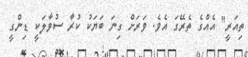
ތިއަރީ" އެއްގެ ތެރޭގަ އެވެ. ވަރަށް ގިނަ ބަޔަކު ކުރާ ސުވާލަކީ ޑިންގީ